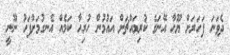
ދެވަނަ ފަހަރަށް ޔޫހާ އޭނަގެ ކުރިމައްޗަށް އައުމުން ހުރިހާ ކަމެއް އެނގުމަށްފަހު ނޫނީ